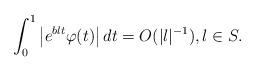
LaTeX: \begin{align*} \int_0^1 \left|e^{b\l t} \varphi(t)\right| dt = O(|\l|^{-1}), \l \in S.\end{align*}